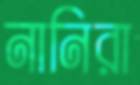
নানিরা